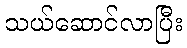
သယ်ဆောင်လာပြီး